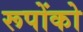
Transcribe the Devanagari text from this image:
रूपोंको